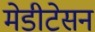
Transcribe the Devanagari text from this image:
मेडीटेसन